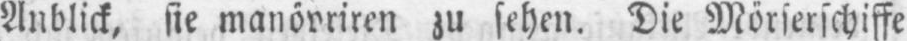
Anblick, sie manövriren zu sehen. Die Mörserschiffe